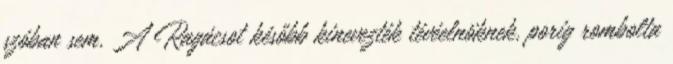
szóban sem. A Ragácsot később kinevezték tévéelnöknek, porig rombolta